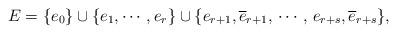
LaTeX: \begin{align*}E=\{e_0\}\cup \{e_1,\cdots,e_r\}\cup\{e_{r+ 1},\overline e_{r+ 1},\,\cdots,\, e_{r+ s},\overline e_{r+ s}\},\end{align*}